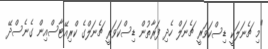
"މި ޗެނަލަކީ ޑިސްކަވަރީ ޗެނަލް ހެދި ފަރާތުން ޑިސްކަވަރީ ޗެނަލްގެ ކްރިއޭޓާސްއިން ގެނެސްދޭ